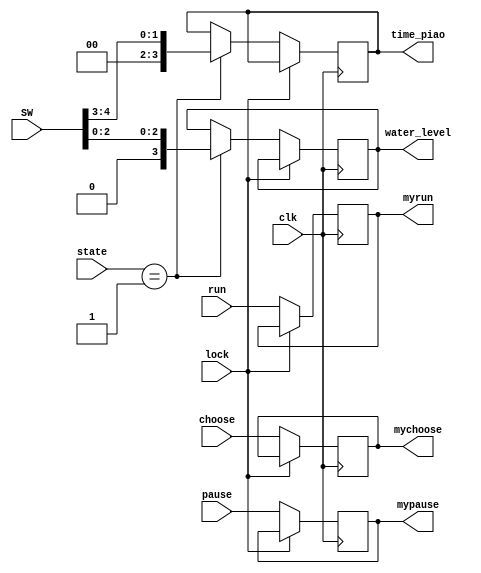
`timescale 1ns / 1ps
//////////////////////////////////////////////////////////////////////////////////
// Company: 
// Engineer: 
// 
// Design Name: 
// Module Name: fuzhi
// Project Name: 
// Target Devices: 
// Tool Versions: 
// Description: 
// 
// Dependencies: 
// 
// Revision:
// Revision 0.01 - File Created
// Additional Comments:
// 
//////////////////////////////////////////////////////////////////////////////////


module fuzhi(clk, lock, SW, state, run, choose, pause, water_level, time_piao, myrun, mychoose, mypause);
input clk, lock, run, choose, pause;
input [4:0]SW; //,
input [2:0]state;
output reg mychoose;
output reg myrun;
output reg mypause;
output reg [3:0]water_level;
output reg [3:0]time_piao;
initial begin
    water_level <= 1;
    time_piao <= 1;
    myrun <= 0;
    mychoose <= 0;
    mypause <= 0;
end

always
    @(posedge clk)begin
    if(lock == 0) begin  //
        if(state == 1) begin
            water_level <= {1'b0,SW[2:0]}; //
            time_piao <= {2'b00,SW[4:3]}; //0,1,2,3
        end
        myrun <= run;
        mychoose <= choose;
        mypause <= pause;
    end
end
endmodule